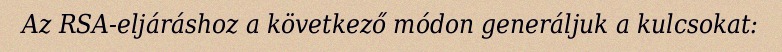
Az RSA-eljáráshoz a következő módon generáljuk a kulcsokat: